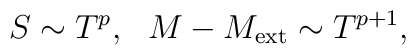
S \sim T^{p} ,\ \ M-M_{\rm ext}\sim T^{p+1},